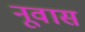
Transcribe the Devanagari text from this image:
नूवास